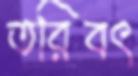
তরিবৎ